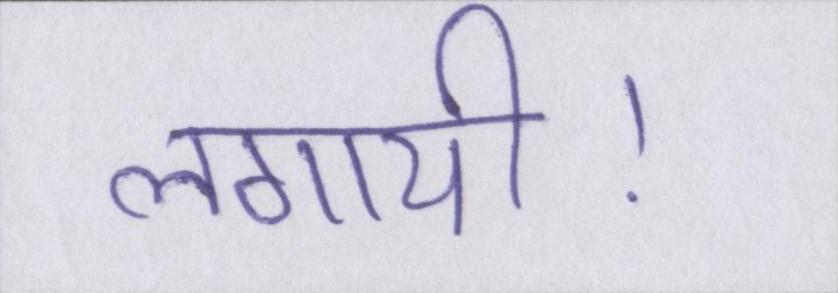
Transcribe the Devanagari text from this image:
लगायी।